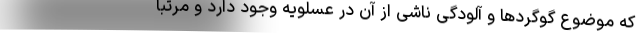
که موضوع گوگردها و آلودگی ناشی از آن در عسلویه وجود دارد و مرتبا